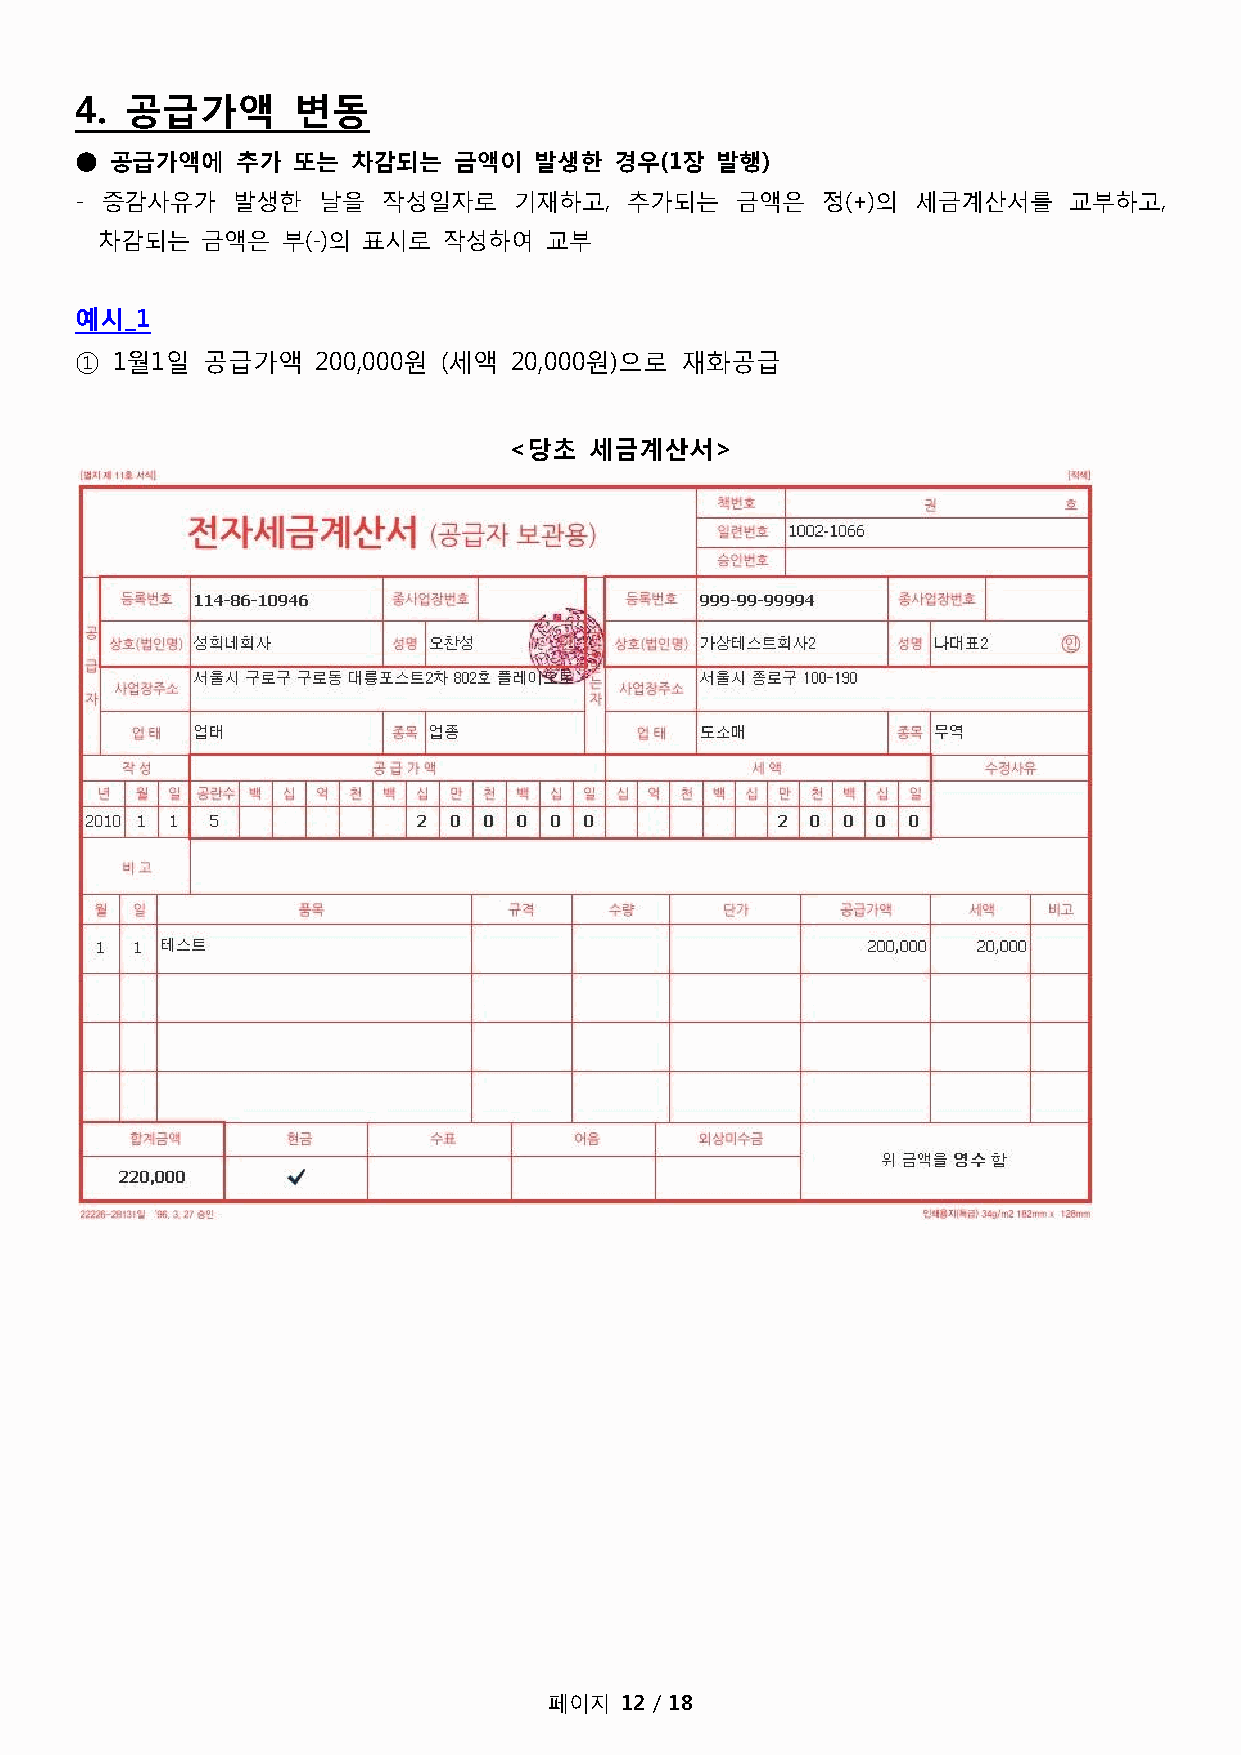
4. 공급가액       변동
 ● 공급가액에    추가 또는  차감되는   금액이  발생한   경우(1장 발행)
 - 증감사유가   발생한   날을  작성일자로    기재하고,   추가되는   금액은  정(+)의  세금계산서를    교부하고,
 차감되는   금액은   부(-)의 표시로 작성하여   교부
 예시_1
 ① 1월1일  공급가액    200,000원 (세액 20,000원)으로 재화공급
 <당초  세금계산서>
 페이지  12 / 18